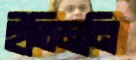
ইতিমনি